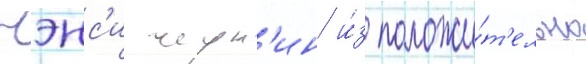
Нэнс'и черн'ин и́з положи́т'ельно